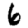
Digit: 6